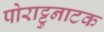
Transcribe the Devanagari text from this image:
पोराट्टुनाटक